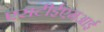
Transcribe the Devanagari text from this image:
एसटीईएमआई